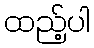
ထည့်ပါ